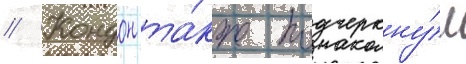
// Кондон та́кже подчеркну́л